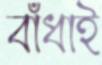
বাঁধাই